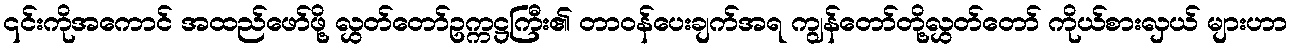
၎င်းကိုအကောင် အထည်ဖော်ဖို့ လွှတ်တော်ဥက္ကဋ္ဌကြီး၏ တာဝန်ပေးချက်အရ ကျွန်တော်တို့လွှတ်တော် ကိုယ်စားလှယ် များဟာ